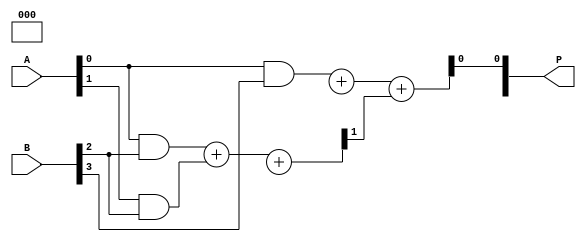
module wallace_tree_multiplier #(parameter N = 4) (
    input [N-1:0] A,
    input [N-1:0] B,
    output reg [2*N-1:0] P
);

// Partial product generation
wire [N-1:0] pp [N-1:0]; // Partial products
genvar i, j;
generate
    for (i = 0; i < N; i = i + 1) begin : pp_gen
        for (j = 0; j < N; j = j + 1) begin : pp_gen_inner
            assign pp[i][j] = A[j] & B[i];
        end
    end
endgenerate

// Wallace tree reduction logic
wire [N-1:0] sum [N-1:0];
wire [N-1:0] carry [N-1:0];

// Stage 1: Combine using half adders and full adders
generate
    for (i = 0; i < N; i = i + 1) begin : reduction_stage
        if (i == 0) begin
            // First stage: Sum the first two PP rows
            assign {carry[i][1], sum[i][0]} = pp[i][0] + pp[i][1];
        end else if (i < N-1) begin
            // Subsequent stages: Sum with carry from previous stage
            assign {carry[i][1], sum[i][0]} = pp[i][0] + pp[i][1] + carry[i-1][0];
            assign sum[i][1] = carry[i-1][1];
        end else begin
            // Final stage: Just sum the last row if it's the last stage
            assign {carry[i][1], sum[i][0]} = pp[i][0] + carry[i-1][0] + carry[i-1][1];
        end
    end
endgenerate

// Final summation to get the product
always @(*) begin
    P = 0; // Reset product
    P[N-1:0] = sum[N-1]; // Add last stage sums
    P[N:2*N-1] = carry[N-1][1]; // Add last stage carries
end

endmodule